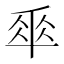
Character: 𠦬